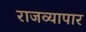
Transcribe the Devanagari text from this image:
राजव्यापार